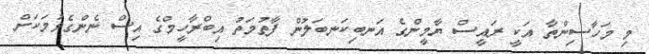
މި މަހާސިންތާ އަކީ ރައީސް ޔާމީންގެ އަނބިކަނބަލުން ފާތުމަތު އިބްރާހީމްގެ އިސް ނެންގެވުމަކަށް